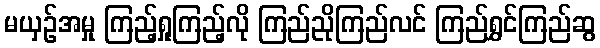
မယှဉ်အမှု ကြည့်ရှုကြည့်လို ကြည်ညိုကြည်လင် ကြည်ရွှင်ကြည်ဆွ